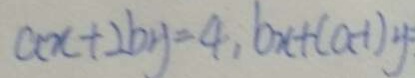
a x + 2 b y = 4 , b x + ( a - 1 ) y